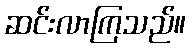
ဆင်းလာကြသည်။